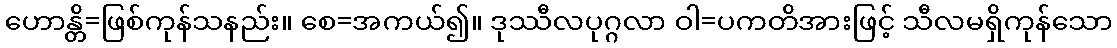
ဟောန္တိ=ဖြစ်ကုန်သနည်း။ စေ=အကယ်၍။ ဒုဿီလပုဂ္ဂလာ ဝါ=ပကတိအားဖြင့် သီလမရှိကုန်သော